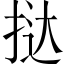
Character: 挞